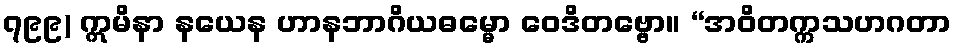
၇၉၉) ဣမိနာ နယေန ဟာနဘာဂိယဓမ္မော ဝေဒိတဗ္ဗော။ “အဝိတက္ကသဟဂတာ